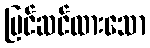
ပြင်ဆင်ထားသော